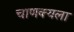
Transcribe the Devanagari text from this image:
चाणक्यला